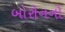
બોરોનનો